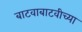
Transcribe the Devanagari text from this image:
बाटवाबाटवीच्या